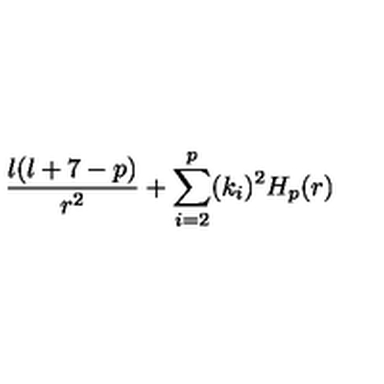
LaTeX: { \frac { \l ( \l + 7 - p ) } { r ^ { 2 } } } + \sum _ { i = 2 } ^ { p } ( k _ { i } ) ^ { 2 } H _ { p } ( r )